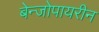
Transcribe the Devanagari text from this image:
बेन्जोपायरीन